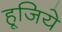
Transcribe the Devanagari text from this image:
हूजिये